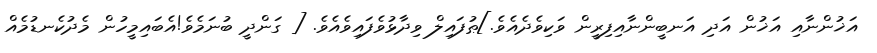
އަޚުންނާއި އަޚުން އަދި އަނބީންނާއިފިރީން ވަކިވެދެއެވެ.]ޠުފައިލް ވިދާޅުވެފައިވެއެވެ. [ ގަންދީ ބުނަމެވެ!އެބައިމީހުން މެދުކެނޑުމެއް